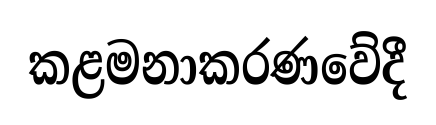
කළමනාකරණවේදී